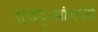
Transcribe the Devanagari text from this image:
सुखदुःखांमध्ये